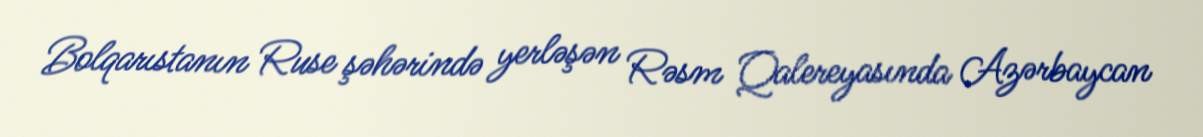
Bolqarıstanın Ruse şəhərində yerləşən Rəsm Qalereyasında Azərbaycan